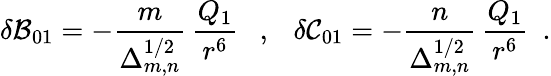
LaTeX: \delta{\cal B}_{01}=-\frac{m}{\Delta_{m,n}^{1/2}}\, \frac{Q_{1}}{r^{6}}~~~,~~~\delta{\cal C}_{01}=-\frac{n}{\Delta_{m,n}^{1/2}}\, \frac{Q_{1}}{r^{6}}~~.